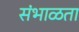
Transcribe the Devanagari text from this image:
संभाळता